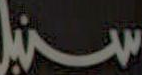
سنبل